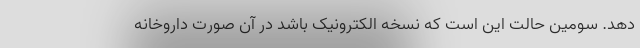
دهد. سومین حالت این است که نسخه الکترونیک باشد در آن صورت داروخانه